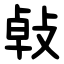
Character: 㪕